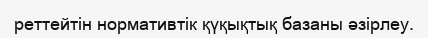
реттейтін нормативтік қүқықтық базаны әзірлеу.